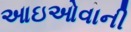
આઇઓવાની